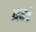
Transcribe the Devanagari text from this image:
प्रभं